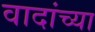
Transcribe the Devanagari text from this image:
वादांच्या